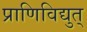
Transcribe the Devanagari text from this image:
प्राणिविद्युत्